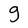
Character: g